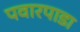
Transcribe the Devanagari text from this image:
पवारपाडा